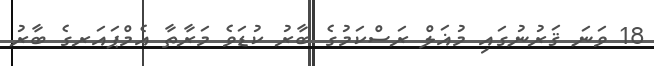
18 ވަނަ ޤަރުނުގައި މުޣަލް ރަސްކަމުގެ ބާރު ކުޑަވެ މަރާތާ އެމްޕައަރގެ ބާރު